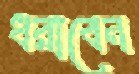
ধরাবেন